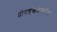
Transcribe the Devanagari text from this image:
द्वीपशृंखलेमधील